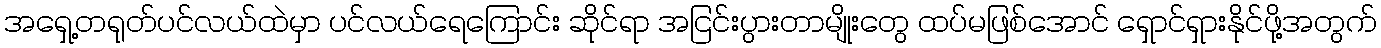
အရှေ့တရုတ်ပင်လယ်ထဲမှာ ပင်လယ်ရေကြောင်း ဆိုင်ရာ အငြင်းပွားတာမျိုးတွေ ထပ်မဖြစ်အောင် ရှောင်ရှားနိုင်ဖို့အတွက်